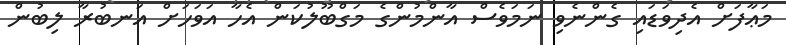
މަޢާފަށް އެދިވަޑައި ގެންނެވި ނަމަވެސް އާންމުންގެ މަގްބޫލުކަން އެހާ އަވަހަށް އަނބުރާ ލިބުން